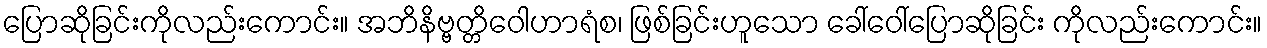
ပြောဆိုခြင်းကိုလည်းကောင်း။ အဘိနိဗ္ဗတ္တိဝေါဟာရံစ၊ ဖြစ်ခြင်းဟူသော ခေါ်ဝေါ်ပြောဆိုခြင်း ကိုလည်းကောင်း။